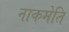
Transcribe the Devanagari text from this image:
नाकमेति